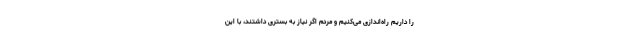
را داریم راه‌اندازی می‌کنیم و مردم اگر نیاز به بستری داشتند، با این